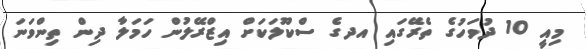
މިއީ 10 ދުވަހުގެ ތެރޭގައި އދގެ ސްކޫލަކަށް އިޒްރޭލުން ހަމަލާ ދިން ތިންވަނަ